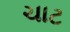
ચાટ